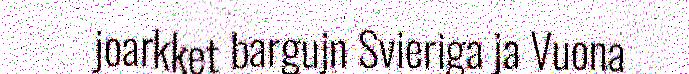
joarkket bargujn Svieriga ja Vuona